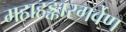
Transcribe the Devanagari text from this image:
महाहङ्कारगर्वेण